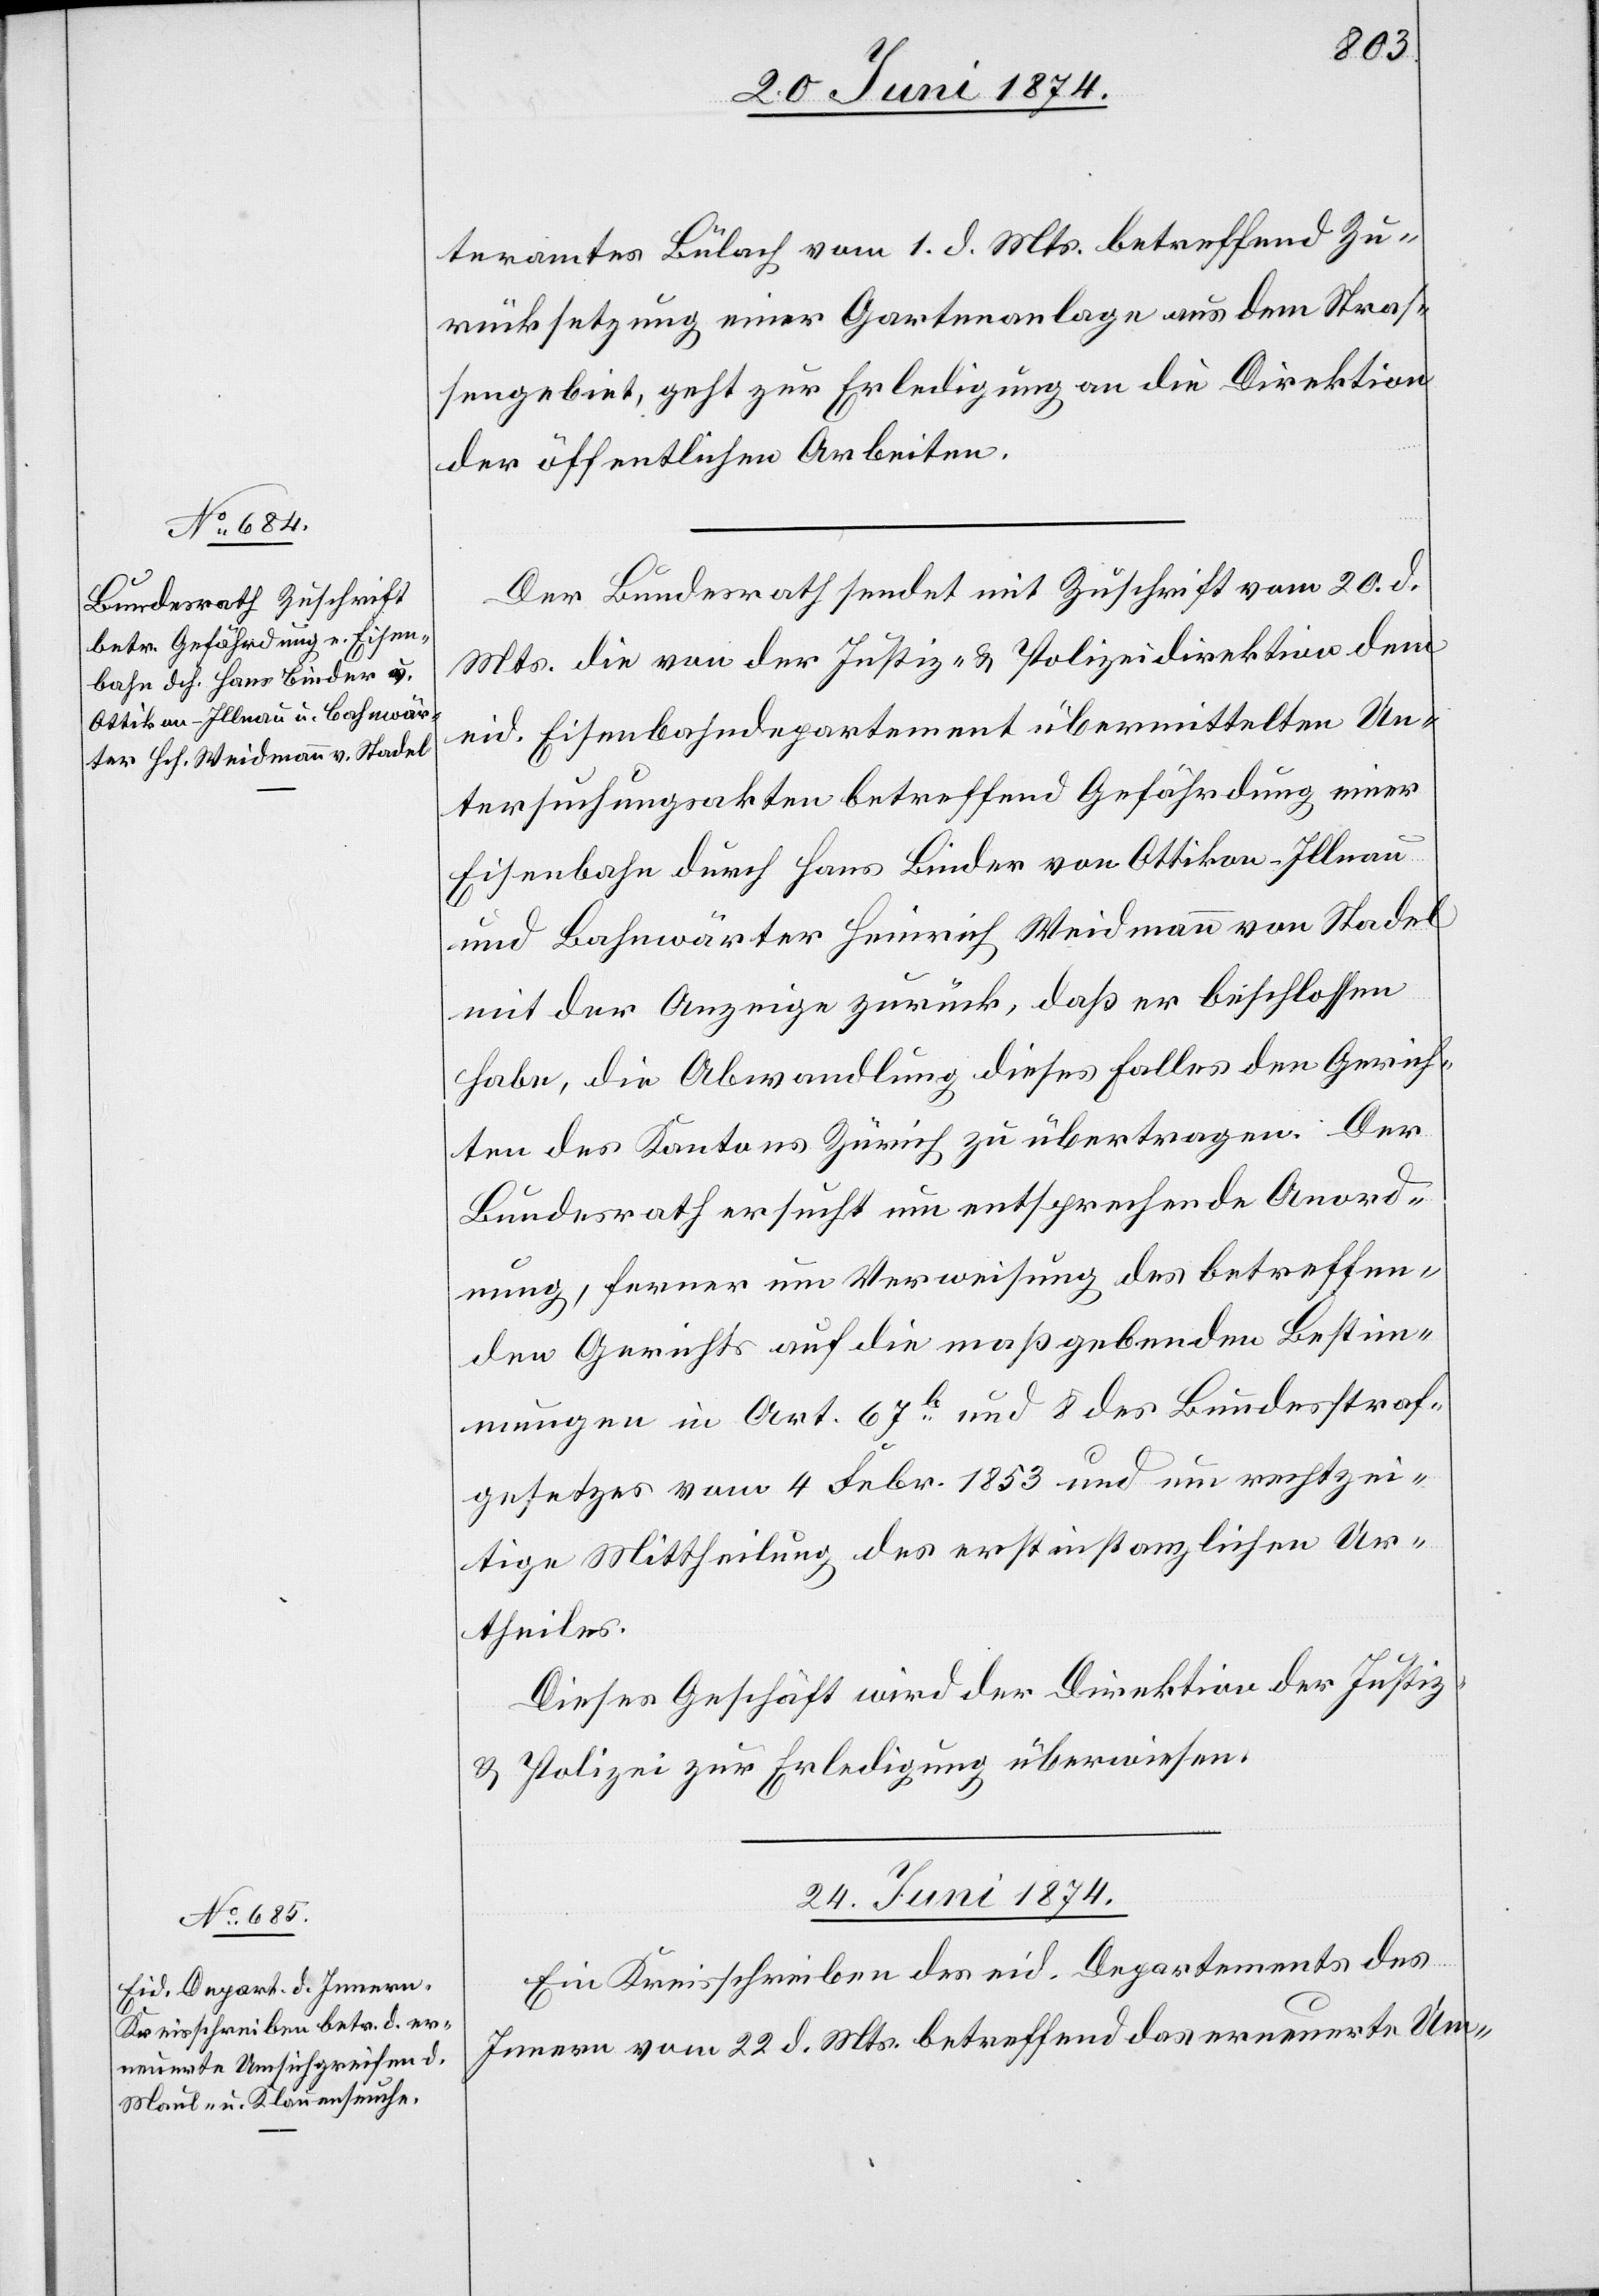
teramtes Bülach vom 1. d. Mts. betreffend Zu¬
rücksetzung einer Gartenanlage aus dem Straß¬
engebiet, geht zur Erledigung an die Direktion
der öffentlichen Arbeiten.
Der Bundesrath sendet mit Zuschrift vom 20. d.
Mts. die von der Justiz- u. Polizeidirektion dem
eid. Eisenbahndepartement übermittelten Un¬
tersuchungsakten betreffend Gefährdung einer
Eisenbahn durch Hans Binder von Ottikon-Illnau
und Bahnwärter Heinrich Weidmann von Stadel
mit der Anzeige zurück, daß er beschlossen
habe, die Abwandlung dieses Falles den Gerich¬
ten des Kantons Zürich zu übertragen. Der
Bundesrath ersucht um entsprechende Anord¬
nung, ferner um Verweisung des betreffen¬
den Gerichts auf die maßgebenden Bestim¬
mungen in Art. 67b und 8 des Bundesstraf¬
gesetzes vom 4. Febr. 1853 und um rechtzei¬
tige Mittheilung des erstinstanzlichen Ur¬
theiles.
Dieses Geschäft wird der Direktion der Justiz
u. Polizei zur Erledigung überwiesen.
24. Juni 1874.
Ein Kreisschreiben des eid. Departements des
Innern vom 22. d. Mts. betreffend das erneuerte Um-